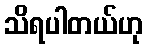
သိရပါတယ်ဟု